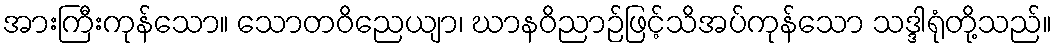
အားကြီးကုန်သော။ သောတဝိညေယျာ၊ ဃာနဝိညာဉ်ဖြင့်သိအပ်ကုန်သော သဒ္ဒါရုံတို့သည်။